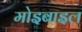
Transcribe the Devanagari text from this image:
मोइबाइल